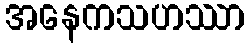
အနေကသဟဿာ